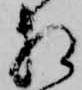
相